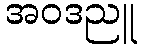
အဝဒညူ